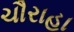
ચૌરાહા